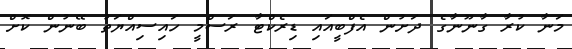
މަނާ ކުރާ ގާނޫނާގެ ދަށުން އެފްބީއައި ޑިރެކްޓާ ރަސްމީ ހައިސިއްޔަތު ބޭނުން ކޮށް